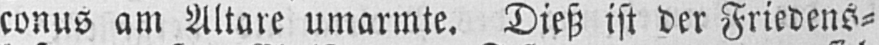
conus am Altare umarmte. Dieß ist der Friedens⸗